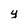
Character: y